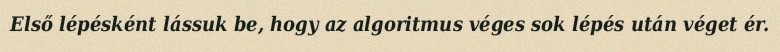
Első lépésként lássuk be, hogy az algoritmus véges sok lépés után véget ér.